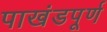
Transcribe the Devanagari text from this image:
पाखंडपूर्ण